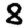
Digit: 8